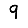
Digit: 9